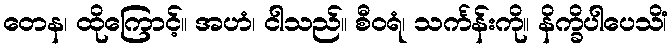
တေန၊ ထိုကြောင့်။ အဟံ၊ ငါသည်။ စီဝရံ၊ သင်္ကန်းကို။ နိက္ခိပါပေသိံ၊